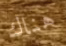
هناك